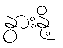
နွားနို့